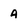
Character: 4